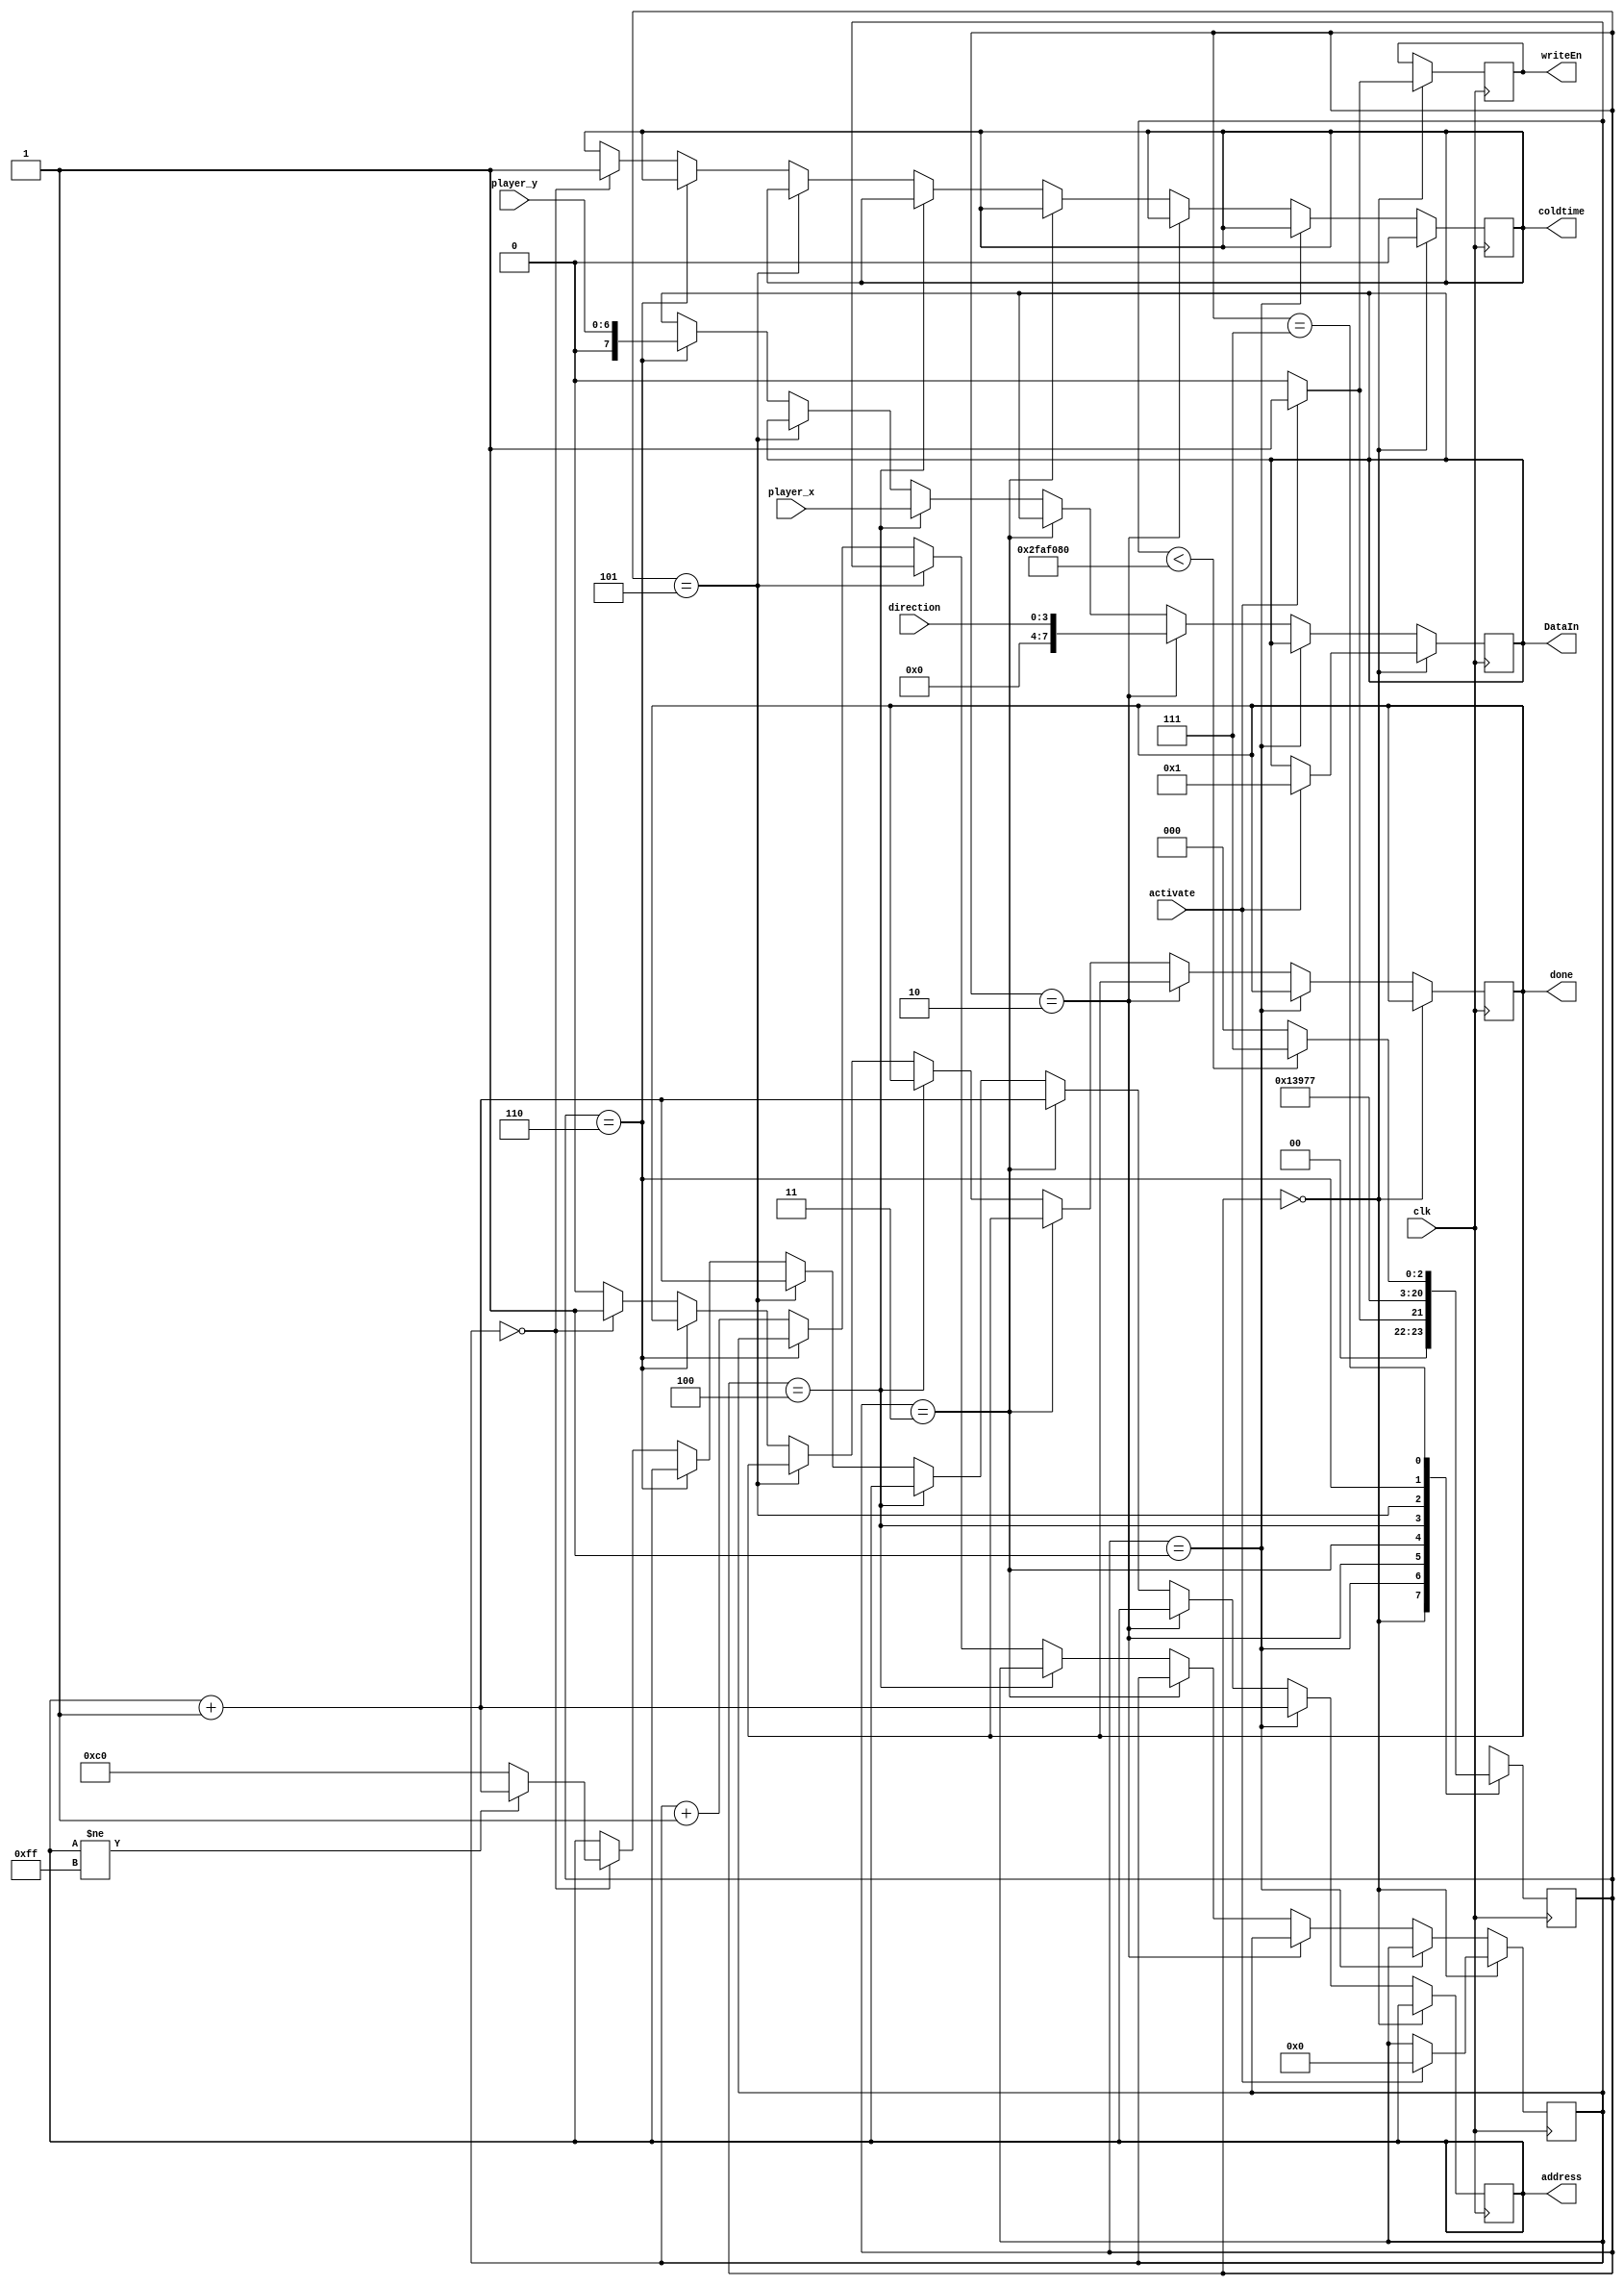
module player_bullets(clk, activate, address, player_x, player_y, direction, DataIn, writeEn, done, coldtime); 
	input clk, activate;
	input [7:0]player_x;
	input [6:0]player_y;
	input [3:0]direction;
	
	output reg [7:0]address;
	output reg writeEn, done;
	output reg coldtime;//if coldtime = 1, bullets will not be activated
	output reg [7:0]DataIn;
	reg [31:0]hold;
	
	reg status;
	initial address = 8'd192;
	
	reg [2:0]state, n_state;
	parameter A = 3'b000, B = 3'b001, C = 3'b010, D = 3'b011,
				 E = 3'b100, F = 3'b101, G = 3'b110, H = 3'b111;
	
always @(*)
	begin
		case(state)
		A:
			if(activate)
				n_state = B;
			else
				n_state = A;
		B:
				n_state = C;
		C:
				n_state = D;
		D:	
				n_state = E; 
		E:
				n_state = F;
		F: 
				n_state = G;
		G:
				n_state = H;
		H: if(hold < 32'd50000000)
				n_state = H;
			else 
				n_state = A;
				
		default: n_state = A;
		endcase
	end
	
always@(posedge clk) begin
	state <= n_state;
	
	if(state == A) begin //initializing write
		coldtime <= 0;
		if(activate) begin
			writeEn <= 1;
			DataIn <= 8'b0000_0001;
			hold <= 0;
		end
		else 
		   writeEn <= 0;
	end 

	else if (state == B) begin
		address <= address + 1;
	end
	
	else if (state == C)
		DataIn <= direction;
		
	else if (state == D)begin
		address <= address + 1;
	end
		
	else if (state == E) begin
		DataIn <= player_x;
	end

	else if (state == F) begin
		address <= address + 1;
	end
	else if (state == G) begin
		DataIn <= player_y;
	end
	
	else begin
		if(hold == 0) begin
			coldtime <= 1;
			done <= 1;
			hold <= hold + 1;
			
			if (address != 8'd255)
				address <= address + 1;
			else
				address <= 8'd192;
		end
		else begin
			hold <= hold + 1;
			done <= 0;
		end
	
	end
	
end	

endmodule